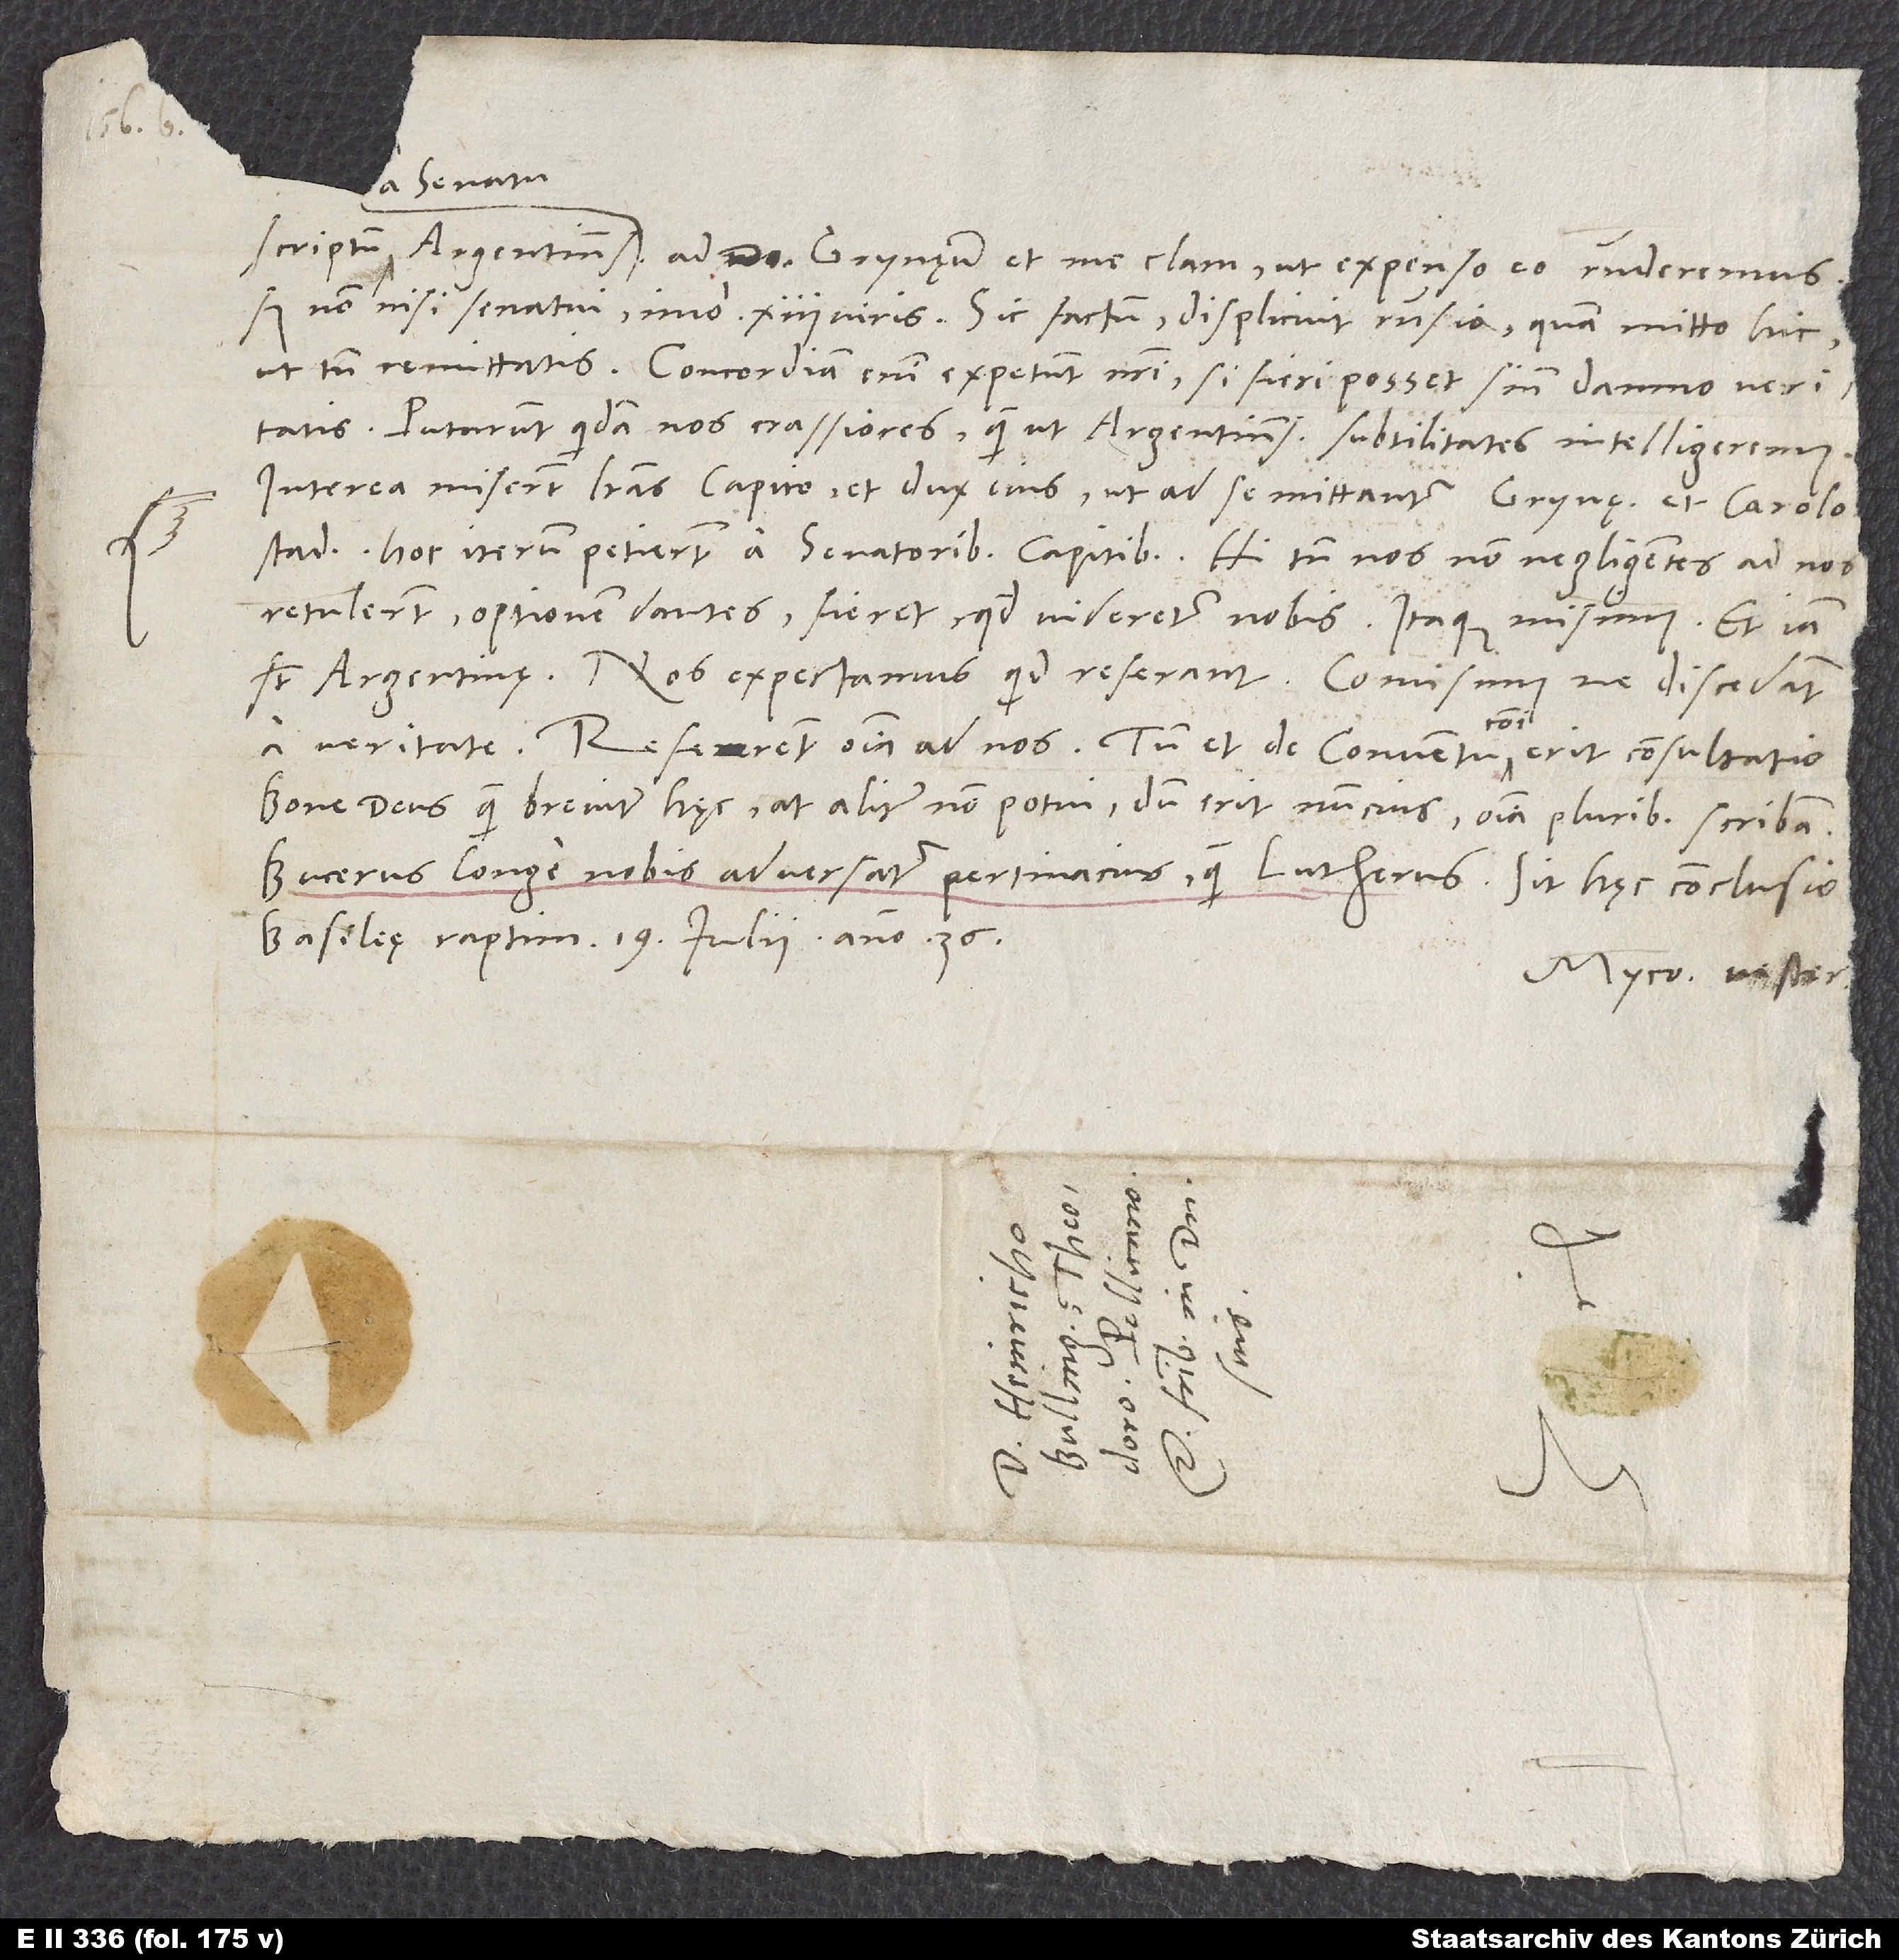
S.

scriptum Argentinens a senatu ad d. Grynęum et me clam, ut expenso eo responderemus,
ut tamen remittatis. Concordiam enim expetunt nostri, si fieri posset sine damno veritatis.
Putarunt quidam nos crassiores, quam ut Argentinensium subtilitates intelligeremus.
Interea miserunt literas Capito et dux eius, ut ad se mittantur Grynęus et Carolostadius;
hoc iterum petierunt a senatoribus capitibus. Hi tamen nos non negligentes ad nos
retulerunt optionem dantes, fieret, quod videretur nobis. Itaque misimus. Et iam
sunt Argentinae. Nos expectamus, quid referant. Comisimus, ne discedant
a veritate. Referent omnia ad nos. Tum et de conventu communi erit consultatio.
Bone deus, quam breviter hęc; at aliter non potui. Dum erit nuncius, omnia pluribus scribam.
Bucerus longe nobis adversatur pertinacius quam Lutherus. Sit hęc conclusio.
Basileę, raptim, 19. iulii anno 36.
Myco. vester.